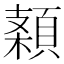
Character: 𩓠